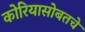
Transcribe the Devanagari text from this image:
कोरियासोबतचे